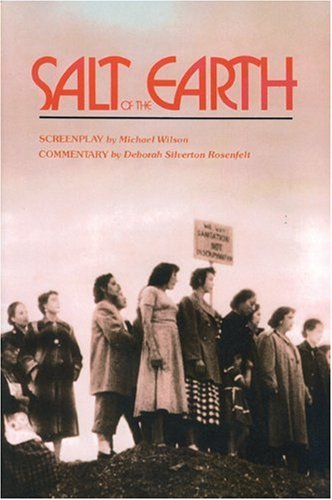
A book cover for Salt of the Earth; Michael Wilson; Humor & Entertainment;